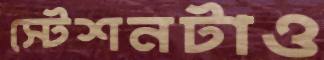
স্টেশনটাও